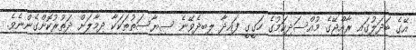
އޭގެ ބަދަލުގައި ރާއްޖޭގެ މުއްސަދިކަމުގެ ހަގީގީ ފައިދާ ލިބިދެވޭނެ ސިޔާސަތުތަކަކާ ދިމާލަށް ދަތުރުކޮށްގެންނެވެ.